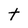
Character: t